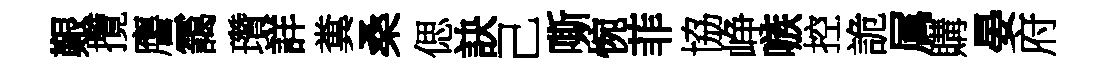
艱攬譍靄瓚詳糞桑偲訣己嘶惋菲協峥嗾控詭属購晏府